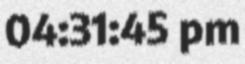
04:31:45 pm